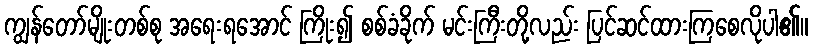
ကျွန်တော်မျိုးတစ်စု အရေးရအောင် ကြိုး၍ စစ်ခံခိုက် မင်းကြီးတို့လည်း ပြင်ဆင်ထားကြစေလိုပါ၏။